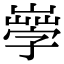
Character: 𡦙